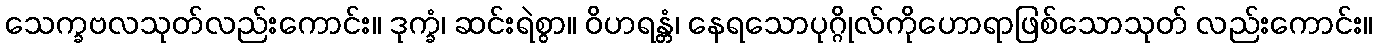
သေက္ခဗလသုတ်လည်းကောင်း။ ဒုက္ခံ၊ ဆင်းရဲစွာ။ ဝိဟရန္တံ၊ နေရသောပုဂ္ဂိုလ်ကိုဟောရာဖြစ်သောသုတ် လည်းကောင်း။